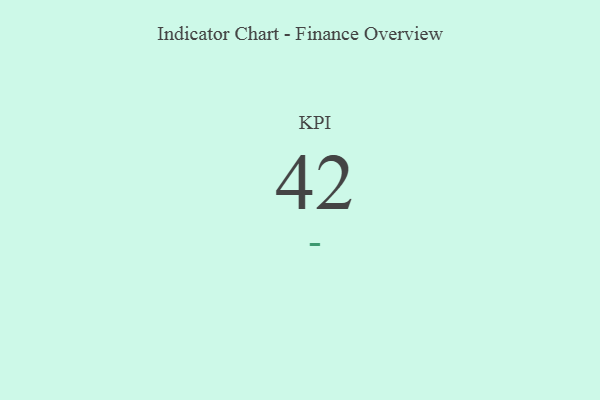
{"axis": {"x": "KPI", "y": "Value"}, "legend": [""], "data": [{"x": "KPI", "y": 42, "type": ""}]}